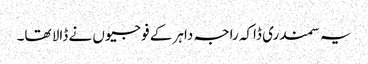
یہ سمندری ڈاکہ راجہ داہر کے فوجیوں نے ڈالا تھا۔